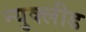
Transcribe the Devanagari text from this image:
न्युक्लीड